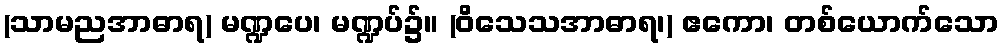
(သာမညအာဓာရ) မဏ္ဍပေ၊ မဏ္ဍပ်၌။ (ဝိသေသအာဓာရ၊) ဧကော၊ တစ်ယောက်သော